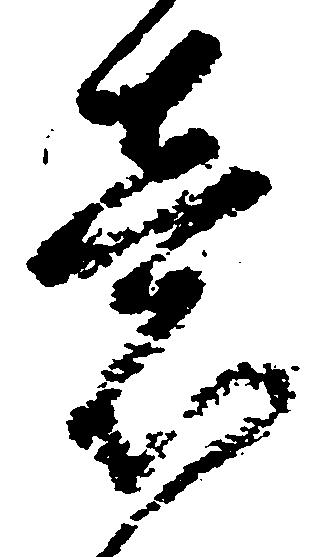
意